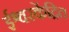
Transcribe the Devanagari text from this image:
ईश्वरकेंद्रित